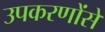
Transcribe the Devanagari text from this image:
उपकरणोंसे